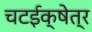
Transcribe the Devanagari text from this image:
चटईक्षेत्र